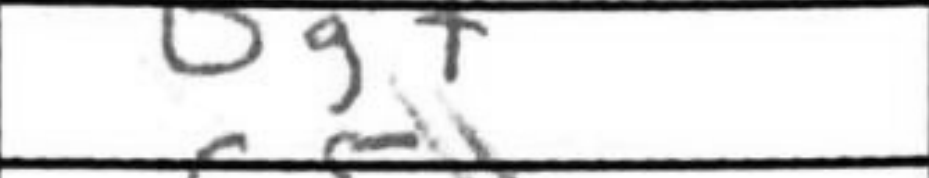
Transcription: Bg7